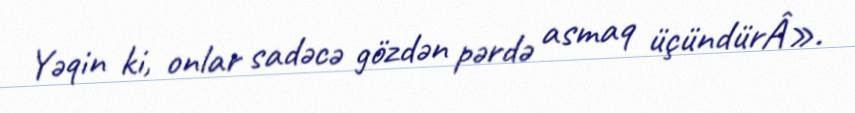
Yəqin ki, onlar sadəcə gözdən pərdə asmaq üçündürÂ».